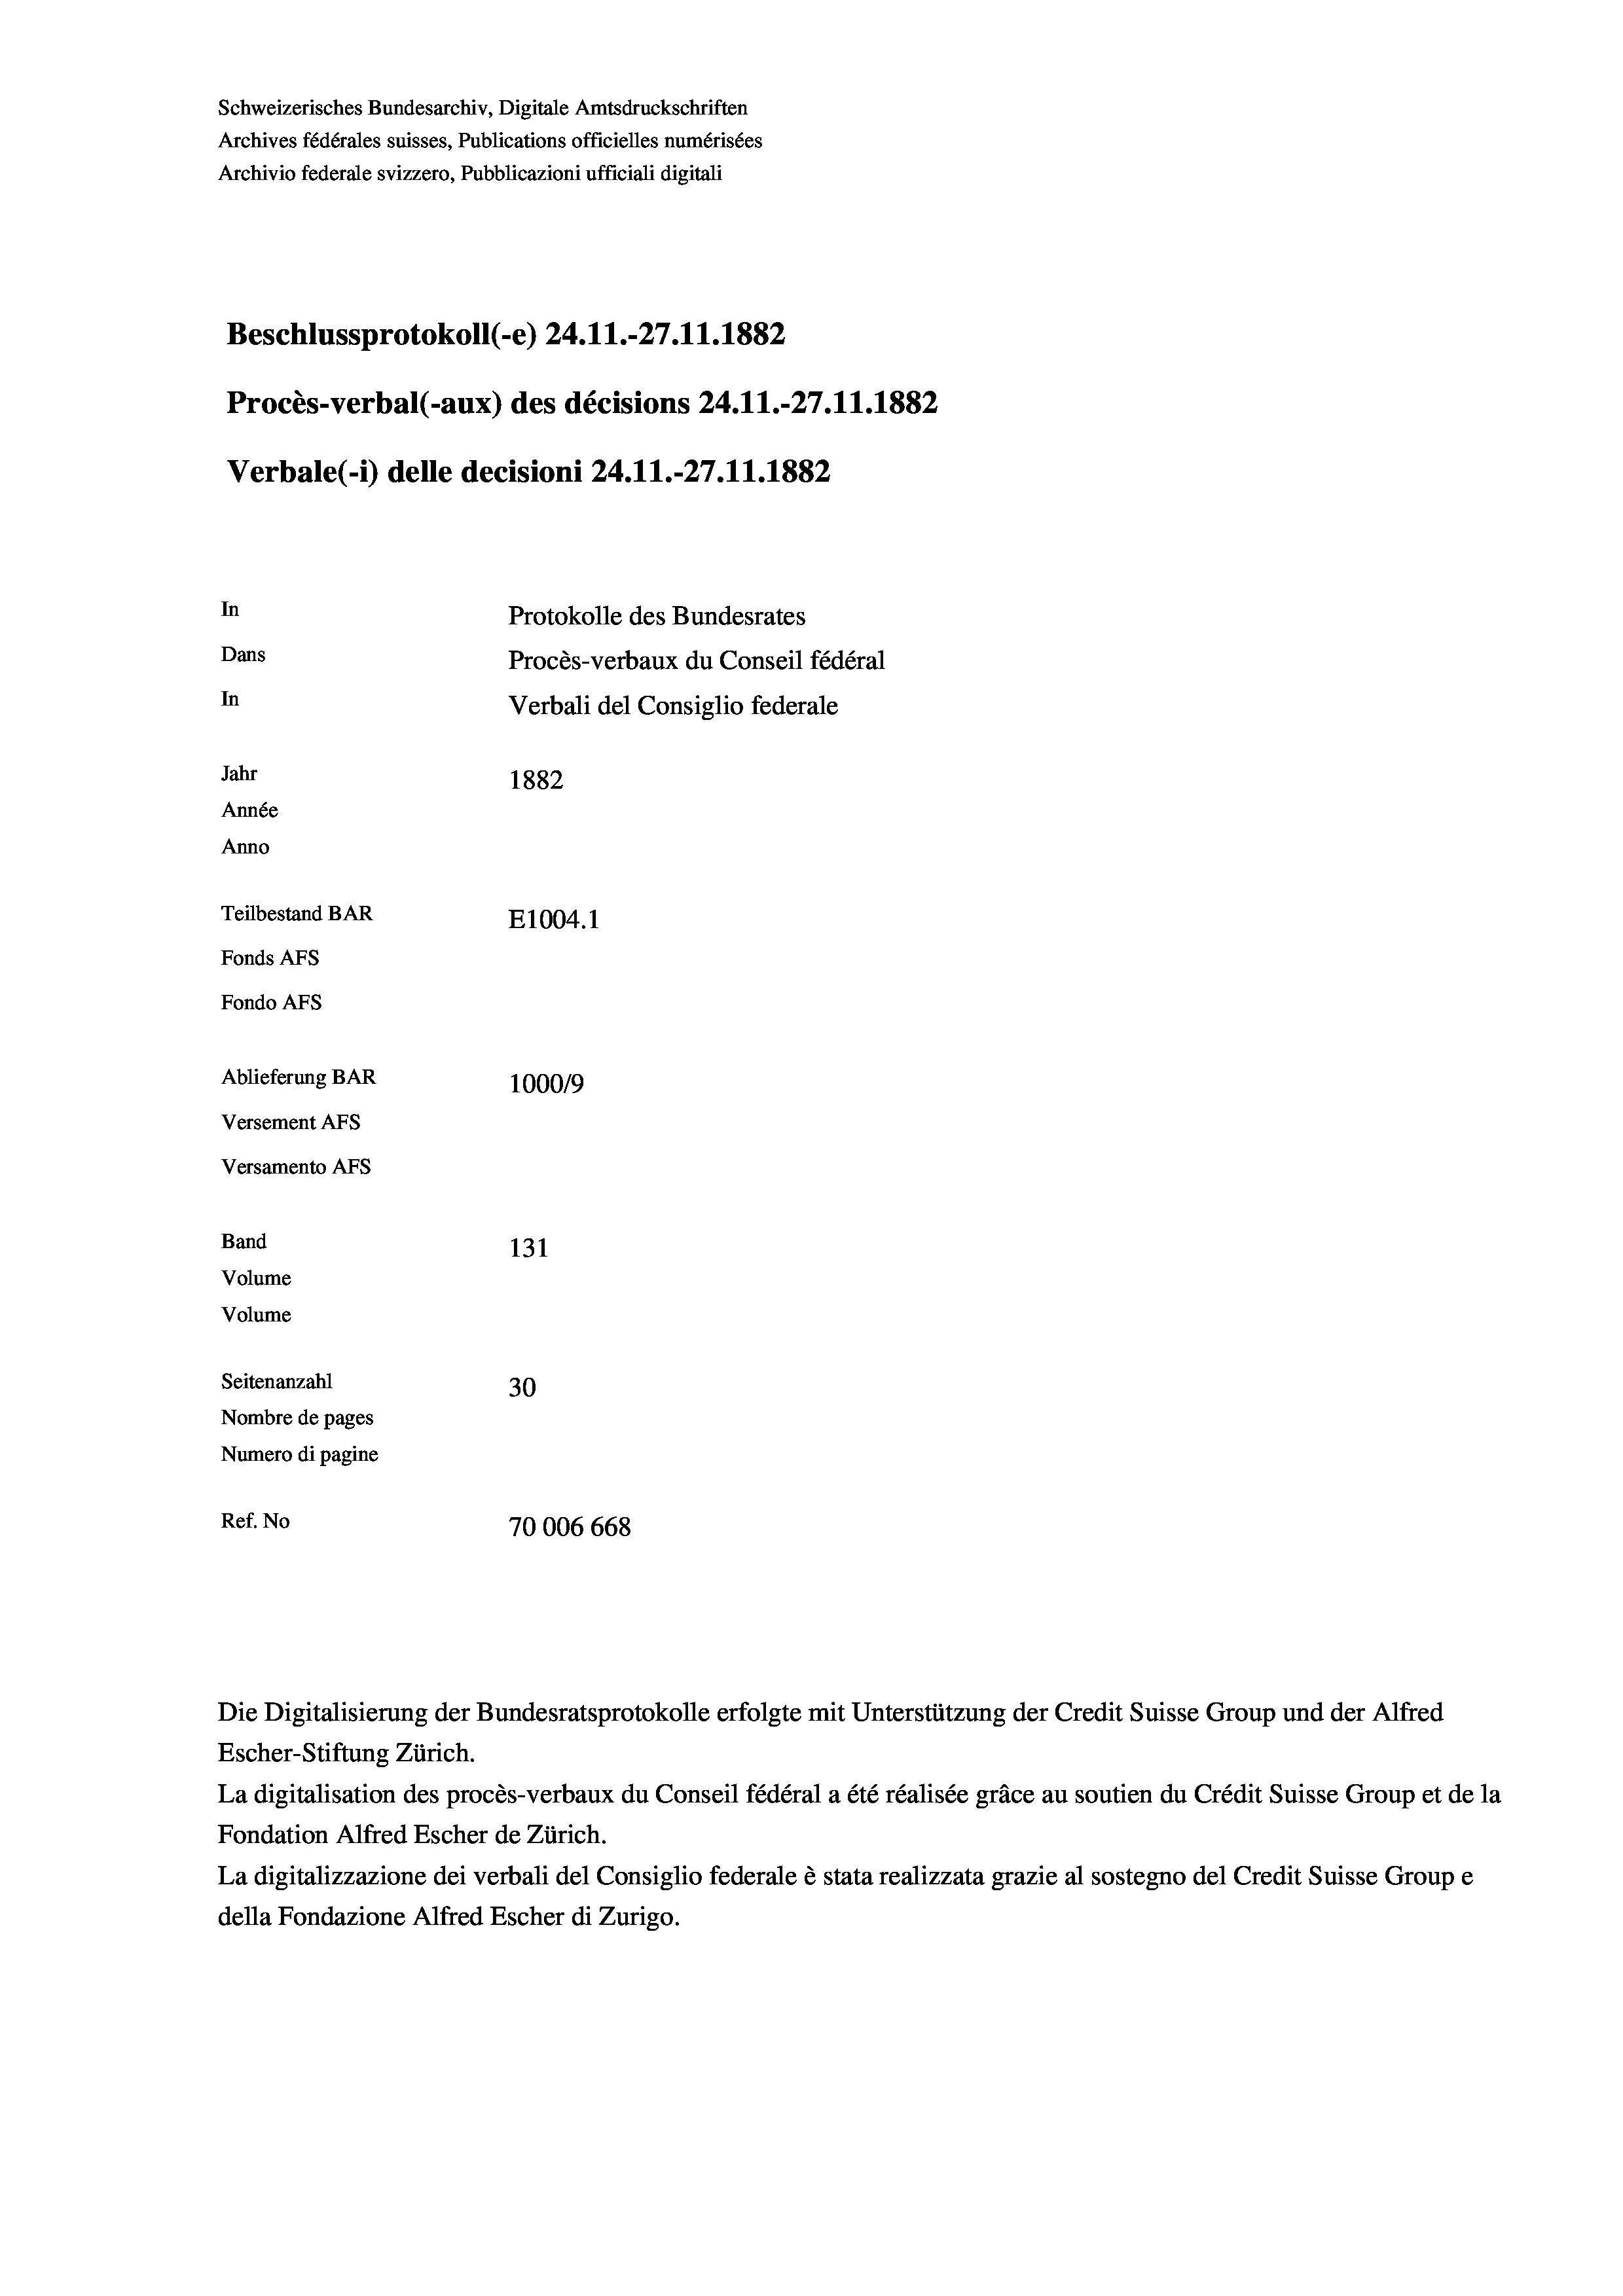
Schweizerisches Bundesarchiv, Digitale Amtsdruckschriften
Archives fédérales suisses, Publications officielles numérisées
Archivio federale svizzero, Pubblicazioni ufficiali digitali
Beschlussprotokoll (-e) 24.11.-27.11.1882
Procès-verbal (-aux) des décisions 24.11.-27.11.1882
Verbale (- 1) delle decisioni 24.11.-27.11.1882
In
Protokolle des Bundesrates
Dans
Procès-verbaux du Conseil fédéral
In
Verbali del Consiglio federale
Jahr
1882
Année
Anno
Teilbestand BAR
E1004. 1
Fonds AFs
Fondo AFs
Ablieferung BAR
100019
Versement AFs
Versamento Afs
Band
131
Volume
Volume
Seitenanzahl
30
Nombre de pages
Numero di pagine
Ref. No
70006 668

Die Digitalisierung der Bundesratsprotokolle erfolgte mit Unterstützung der Credit Suisse Group und der Alfred
Escher-Stiftung Zürich.
La digitalisation des procès-verbaux du Conseil fédéral a été réalisée gräce au soutien du Crédit Suisse Group et de la
Fondation Alfred Escher de Zürich.
La digitalizzazione dei verbali del Consiglio federale è stata realizzata grazie al sostegno del Credit Suisse Groupe
della Fondazione Alfred Escher di Zurigo.